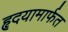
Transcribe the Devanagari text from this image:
हृदयामार्फत